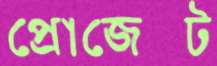
প্রোজেক্ট